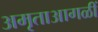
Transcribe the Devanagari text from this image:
अमृताआगळीं